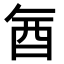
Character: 𮠖